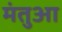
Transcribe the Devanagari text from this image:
मंतुआ